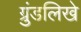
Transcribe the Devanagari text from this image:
ग्रुंडलिखे